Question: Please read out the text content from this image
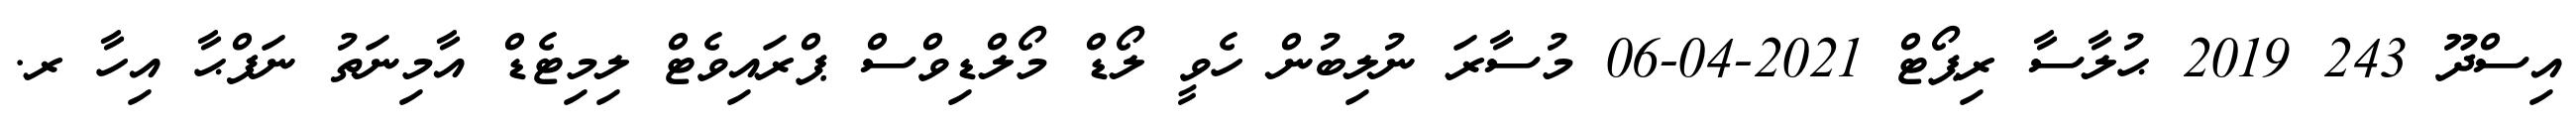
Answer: އިސްދޫ 243 2019 ޙުލާސާ ރިޕޯޓް 2021-04-06 މުސާރަ ނުލިބުން ހެވީ ލޯޑް މޯލްޑިވްސް ޕްރައިވެޓް ލިމިޓެޑް އާމިނަތު ނަފްޙާ އިހާ ރ.